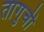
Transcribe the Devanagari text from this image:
तागुची